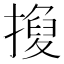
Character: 𢴼